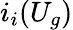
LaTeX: i_{i}(U_{g})